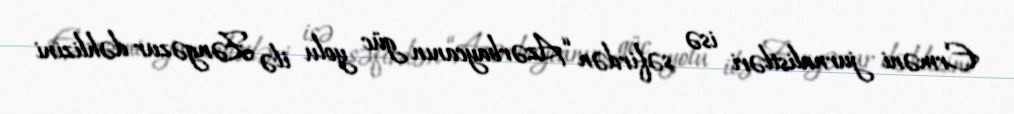
Erməni jurnalistləri isə səfirdən “Azərbaycanın güc yolu ilə Zəngəzur dəhlizini